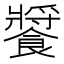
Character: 𩞟